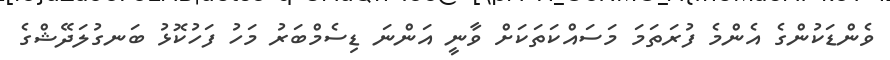
ވެންޑަކުންގެ އެންމެ ފުރަތަމަ މަސައްކަތަކަށް ވާނީ އަންނަ ޑިސެމްބަރު މަހު ފަހުކޮޅު ބަނގުލަދޭޝްގެ